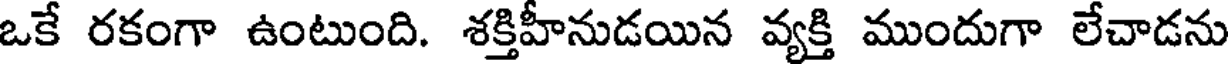
ఒకే రకంగా ఉంటుంది. శక్తిహీనుడయిన వ్యక్తి ముందుగా లేచాడను